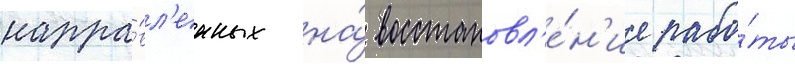
напра́вл'енных на́ восстановл'е́н'ие рабо́ты